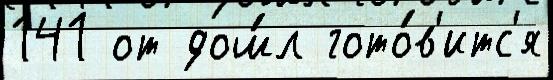
141 от дош́л гото́в'итс'я